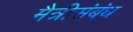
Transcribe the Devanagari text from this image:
मैत्रीसंबंध